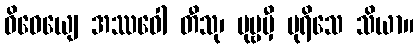
ဝိဓေယျေ အဿဝေါ တီသု၊ ပုဗ္ဗမှီ ပုရိသေ သိယာ။